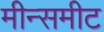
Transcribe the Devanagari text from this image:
मीन्समीट